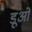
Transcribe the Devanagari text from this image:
डूओ